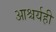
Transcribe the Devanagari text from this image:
आश्चर्यही